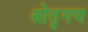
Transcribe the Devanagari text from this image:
श्रोतृगण